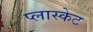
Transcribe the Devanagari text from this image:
प्लास्केट